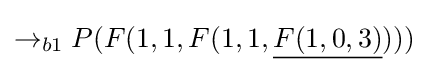
\rightarrow _{b1}P(F(1,1,F(1,1,{\underline {F(1,0,3)}})))